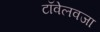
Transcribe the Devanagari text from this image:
टॉवेलवजा